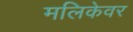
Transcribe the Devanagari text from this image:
मलिकेवर